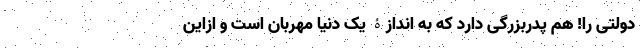
دولتی را! هم پدربزرگی دارد که به اندازۀ یک دنیا مهربان است و ازاین